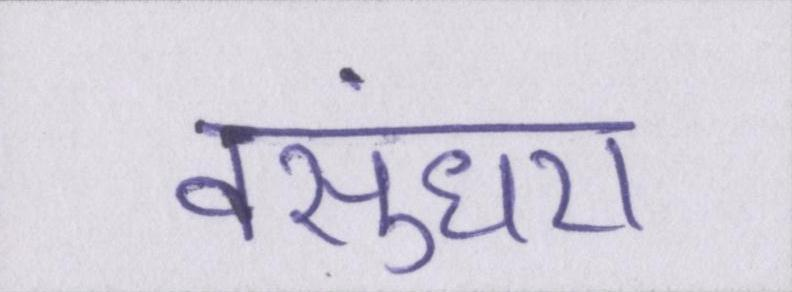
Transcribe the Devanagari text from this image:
वसुंधरा